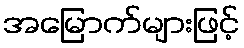
အမြောက်များဖြင့်